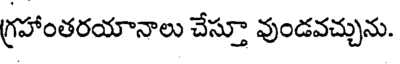
గ్రహాంతరయానాలు చేస్తూ వుండవచ్చును.